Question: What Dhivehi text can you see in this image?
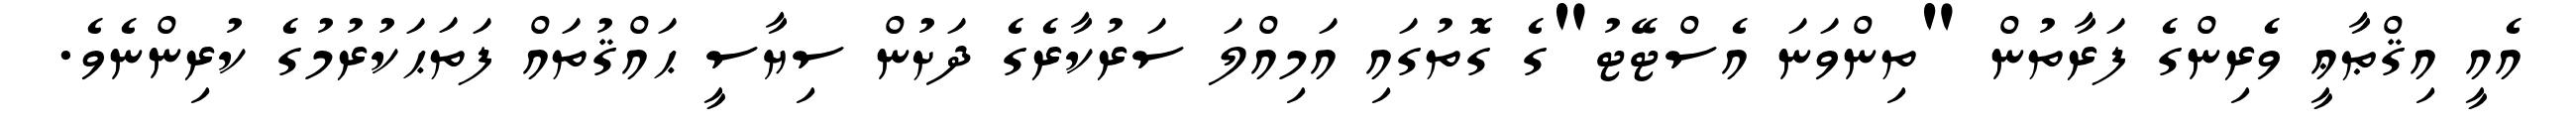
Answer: އެއީ އިޤްޠާޢީ ވެރިންގެ ފަރާތުން "ތިންވަނަ އެސްޓޭޓު"ގެ ގޮތުގައި އަމިއްލަ ސަރުކާރެގެ ދަށުން ސިޔާސީ ޙައްޤުތައް ފަތަޙަކުރުމުގެ ކުރިންނެވެ.